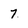
Character: 7